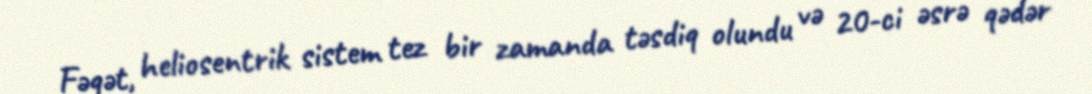
Fəqət, heliosentrik sistem tez bir zamanda təsdiq olundu və 20-ci əsrə qədər